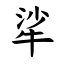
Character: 㸺